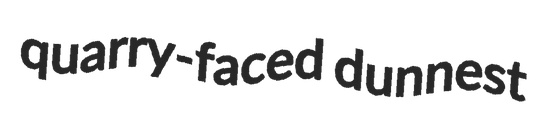
quarry-faced dunnest